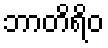
ဘာတိရိဝ